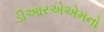
ડીઆરએએમનો